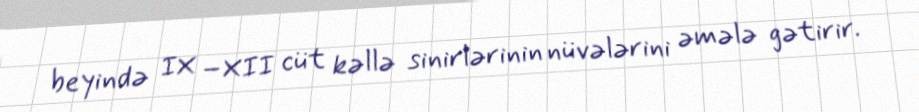
beyində IX –XII cüt kəllə sinirlərinin nüvələrini əmələ gətirir.